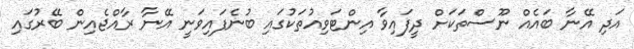
އަދި އޭނާ ބައެއް ނޫސްތަކަށް ދީފައިވާ އިންޓަވިއުތަކުގައި ބުނެފައިވަނީ އޭނާ ރާއްޖެއިން ބޭރުގައި